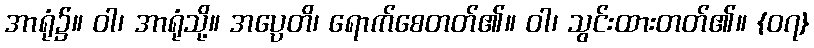
အာရုံ၌။ ဝါ၊ အာရုံသို့။ အပ္ပေတိ၊ ရောက်စေတတ်၏။ ဝါ၊ သွင်းထားတတ်၏။ {၀၇}